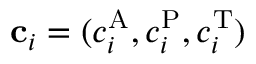
\mathbf { c } _ { i } = ( c _ { i } ^ { \mathrm { A } } , c _ { i } ^ { \mathrm { P } } , c _ { i } ^ { \mathrm { T } } )